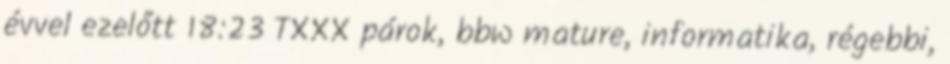
évvel ezelőtt 18:23 TXXX párok, bbw mature, informatika, régebbi,